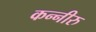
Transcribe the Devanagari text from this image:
कन्नीरु